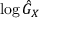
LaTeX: \log { \hat { G } } _ { X }